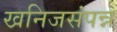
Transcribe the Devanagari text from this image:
खनिजसंपन्न